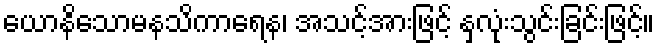
ယောနိသောမနသိကာရေန၊ အသင့်အားဖြင့် နှလုံးသွင်းခြင်းဖြင့်။